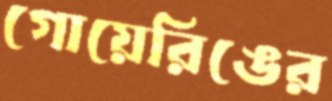
গোয়েরিঙের